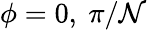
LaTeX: \phi=0,~\pi/\mathcal{N}